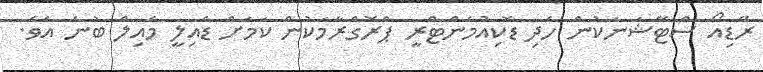
ރޭޑިއޯ ސްޓޭޝަނަކުން ހެދި ޑޮކިއުމެންޓްރީ ޕްރޮގްރާމަކުން ކަމަށް ޑެއިލީ މެއިލް ބުނެ އެވެ.